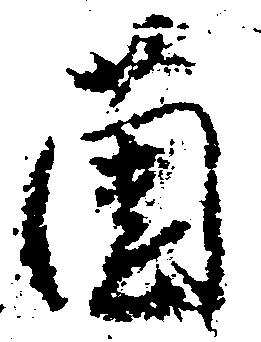
薗